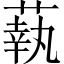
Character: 蓻